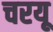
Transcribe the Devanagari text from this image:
चरयू